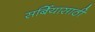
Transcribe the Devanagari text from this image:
सर्बियासाठी